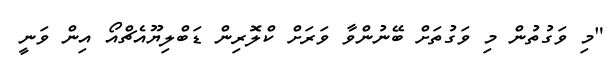
"މި ވަގުތުން މި ވަގުތަށް ބޭނުންވާ ވަރަށް ކްލޮރިން ޑަބްލިޔޫއެޗްއޯ އިން ވަނީ